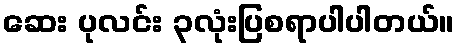
ဆေး ပုလင်း ၃လုံးပြစရာပါပါတယ်။